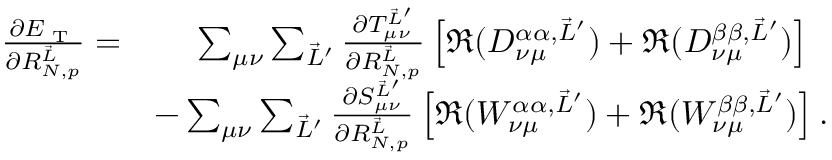
\begin{array} { r l } { \frac { \partial E _ { \textrm { T } } } { \partial R _ { N , p } ^ { \vec { L } } } = } & { \phantom { - } ~ \sum _ { \mu \nu } \sum _ { \vec { L } ^ { \prime } } \frac { \partial T _ { \mu \nu } ^ { \vec { L } ^ { \prime } } } { \partial R _ { N , p } ^ { \vec { L } } } \left[ \Re ( D _ { \nu \mu } ^ { \alpha \alpha , \vec { L } ^ { \prime } } ) + \Re ( D _ { \nu \mu } ^ { \beta \beta , \vec { L } ^ { \prime } } ) \right] } \\ & { - \sum _ { \mu \nu } \sum _ { \vec { L } ^ { \prime } } \frac { \partial S _ { \mu \nu } ^ { \vec { L } ^ { \prime } } } { \partial R _ { N , p } ^ { \vec { L } } } \left[ \Re ( W _ { \nu \mu } ^ { \alpha \alpha , \vec { L } ^ { \prime } } ) + \Re ( W _ { \nu \mu } ^ { \beta \beta , \vec { L } ^ { \prime } } ) \right] . } \end{array}